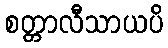
စတ္တာလီသာယပိ